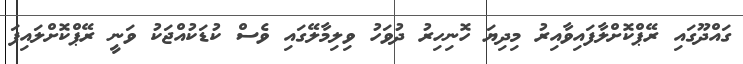
ގައްދޫގައި ރޭޕްކޮށްލާފައިވާއިރު މިދިޔަ ހޮނިހިރު ދުވަހު ވިލިމާލޭގައި ވެސް ކުޑަކުއްޖަކު ވަނީ ރޭޕްކޮށްލައިފަ